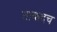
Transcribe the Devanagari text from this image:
ताकदच